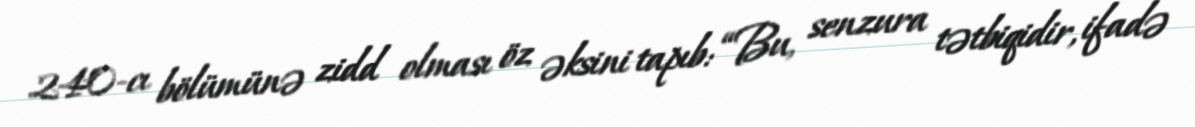
240-cı bölümünə zidd olması öz əksini tapıb: “Bu, senzura tətbiqidir, ifadə